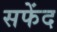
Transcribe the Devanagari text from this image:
सफेंद